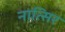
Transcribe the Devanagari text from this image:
नात्सिर